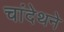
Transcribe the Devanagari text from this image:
चांदेथने